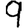
Digit: 9